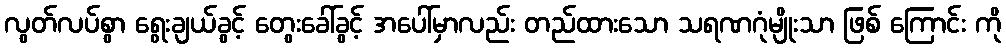
လွတ်လပ်စွာ ရွေးချယ်ခွင့် တွေးခေါ်ခွင့် အပေါ်မှာလည်း တည်ထားသော သရဏဂုံမျိုးသာ ဖြစ် ကြောင်း ကို